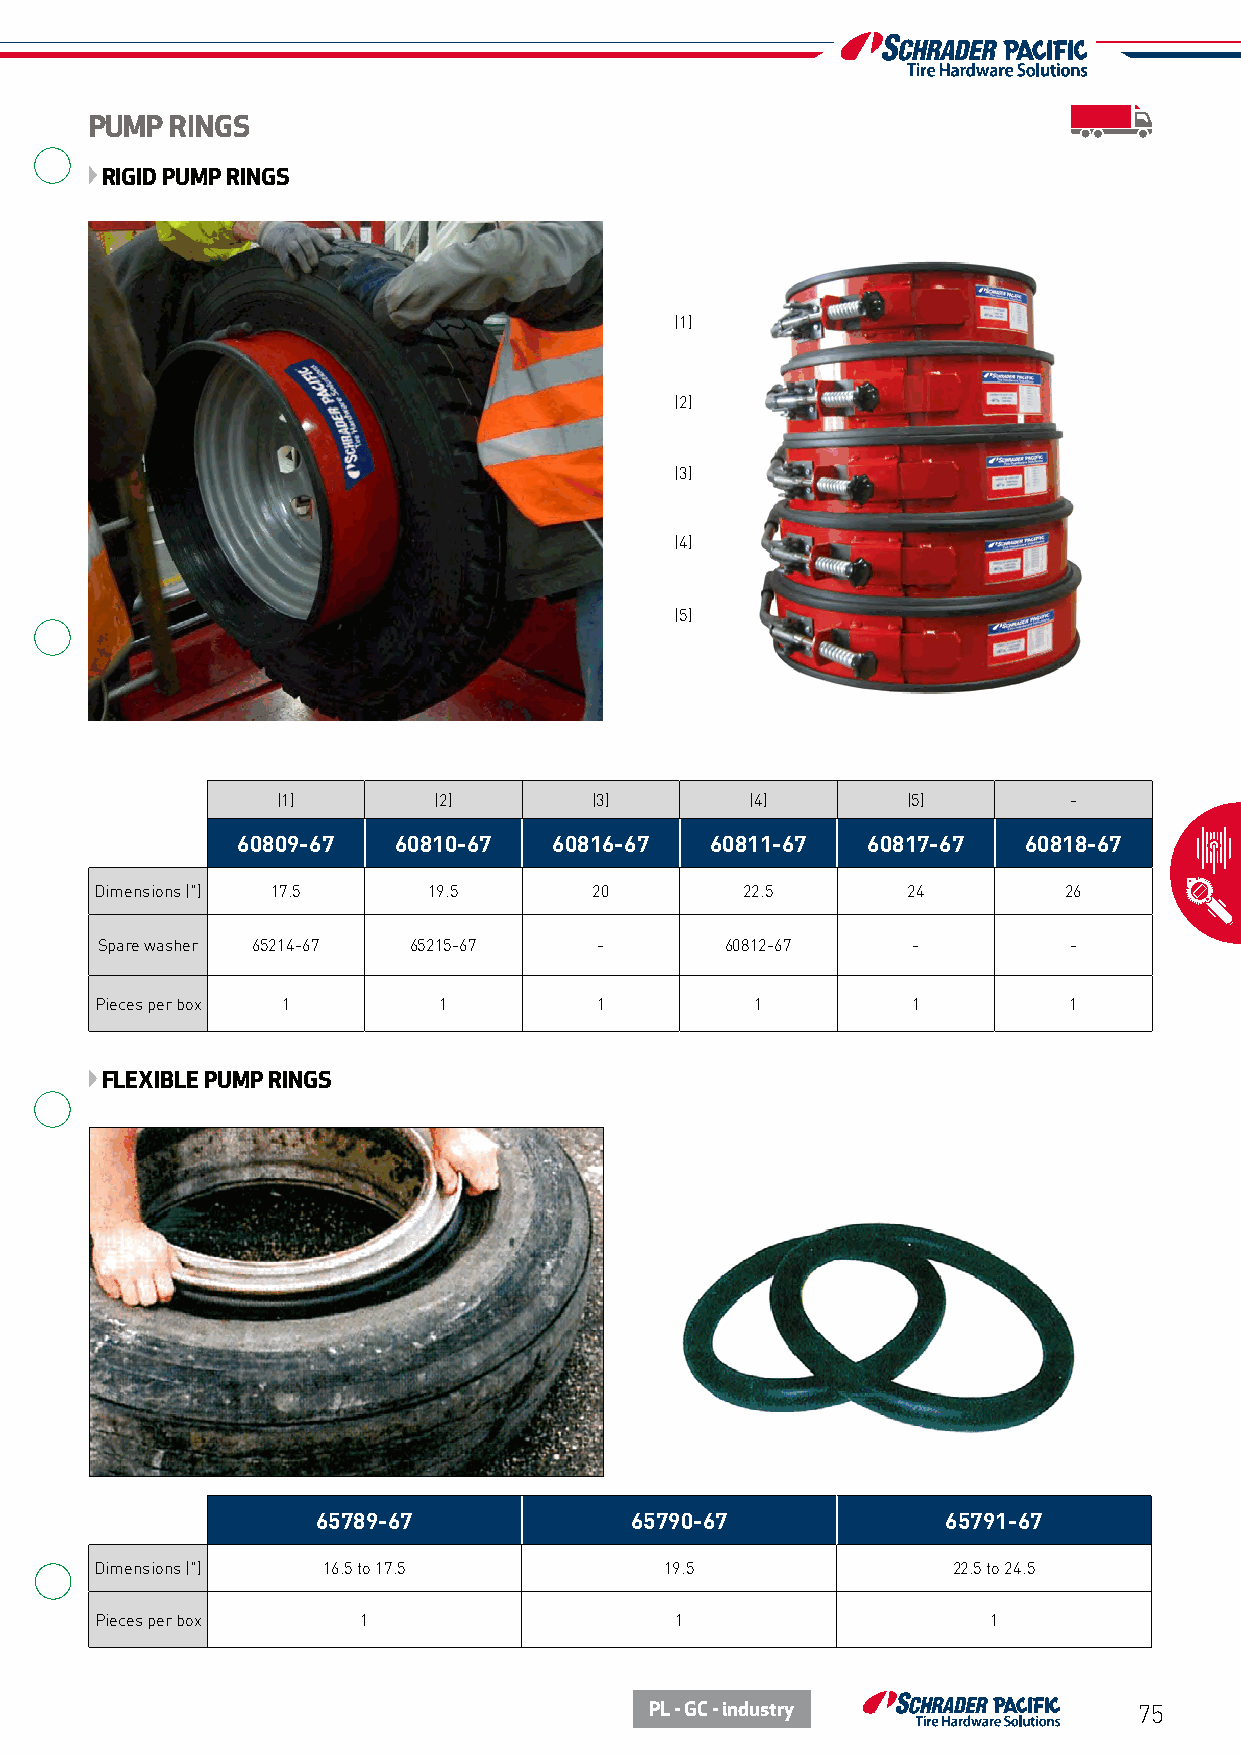
PUMP RINGS
 RIGID PUMP RINGS
 (1)
 (2)
 (3)
 (4)
 (5)
 (1)        (2)       (3)        (4)       (5)        -
 60809-67  60810-67   60816-67  60811-67  60817-67   60818-67
 Dimensions (") 17.5   19.5       20        22.5       24        26
 Spare washer 65214-67 65215-67    -       60812-67    -          -
 Pieces per box 1       1         1          1         1          1
 FLEXIBLE PUMP RINGS
 65789-67             65790-67             65791-67
 Dimensions (") 16.5 to 17.5           19.5               22.5 to 24.5
 Pieces per box    1                    1                   1
 PL - GC - industry              75